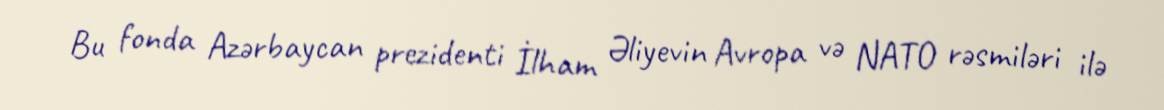
Bu fonda Azərbaycan prezidenti İlham Əliyevin Avropa və NATO rəsmiləri ilə